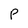
Character: p